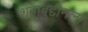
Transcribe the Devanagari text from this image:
शहाबुद्दीनला